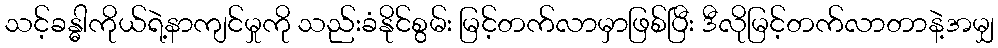
သင့်ခန္ဓါကိုယ်ရဲ့နာကျင်မှုကို သည်းခံနိုင်စွမ်း မြင့်တက်လာမှာဖြစ်ပြီး ဒီလိုမြင့်တက်လာတာနဲ့အမျှ